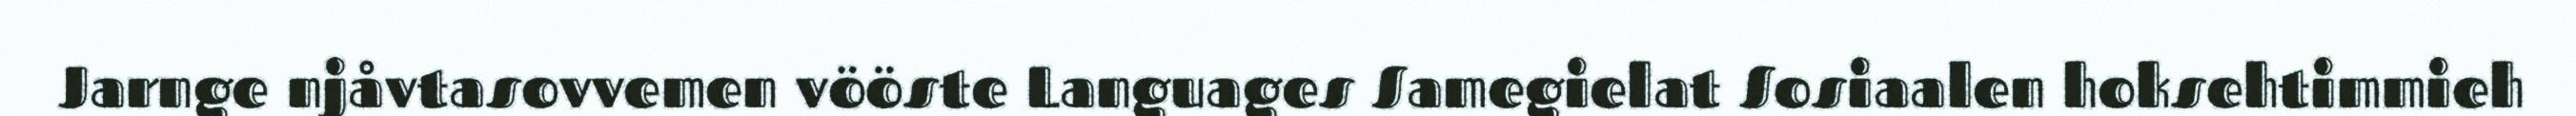
Jarnge njåvtasovvemen vööste Languages Samegielat Sosiaalen hoksehtimmieh